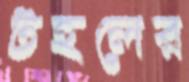
টহলের